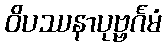
ဝိပဿနာပုဗ္ဗင်္ဂမံ